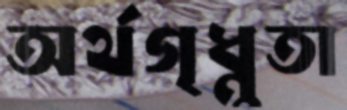
অর্থগৃধ্নুতা